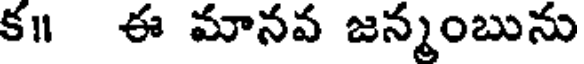
క॥ ఈ మానవ జన్మంబును